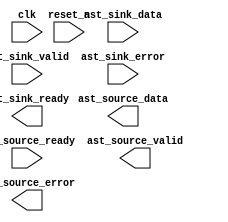
module lf (
	clk,
	reset_n,
	ast_sink_data,
	ast_sink_valid,
	ast_source_ready,
	ast_sink_error,
	ast_source_data,
	ast_sink_ready,
	ast_source_valid,
	ast_source_error);

	input		clk;
	input		reset_n;
	input	[14:0]	ast_sink_data;
	input		ast_sink_valid;
	input		ast_source_ready;
	input	[1:0]	ast_sink_error;
	output	[30:0]	ast_source_data;
	output		ast_sink_ready;
	output		ast_source_valid;
	output	[1:0]	ast_source_error;
endmodule